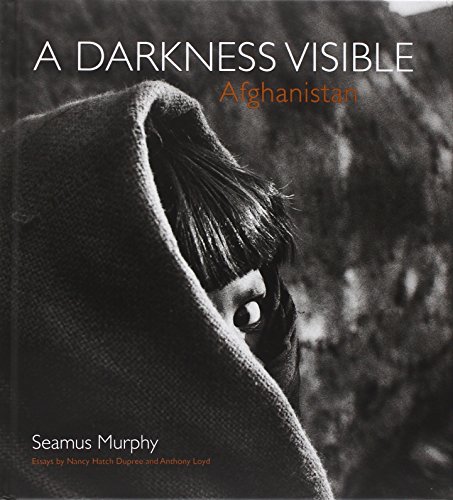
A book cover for Afghanistan: A Darkness Visible; Seamus Murphy; Travel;